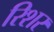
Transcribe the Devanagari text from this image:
रिशर